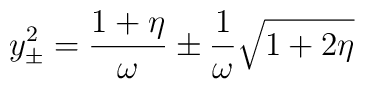
y_{\pm}^{2}={1+\eta\over\omega} \pm {1\over \omega}\sqrt{1+2\eta}